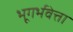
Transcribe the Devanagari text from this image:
भूगर्भवेत्ता